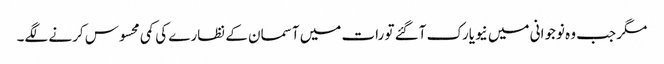
مگر جب وہ نوجوانی میں نیویارک آگئے تو رات میں آسمان کے نظارے کی کمی محسوس کرنے لگے۔